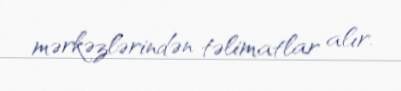
mərkəzlərindən təlimatlar alır.